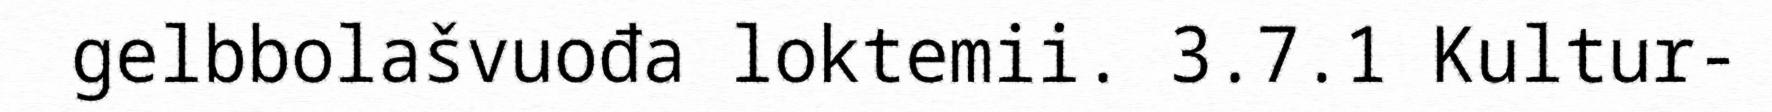
gelbbolašvuođa loktemii. 3.7.1 Kultur-